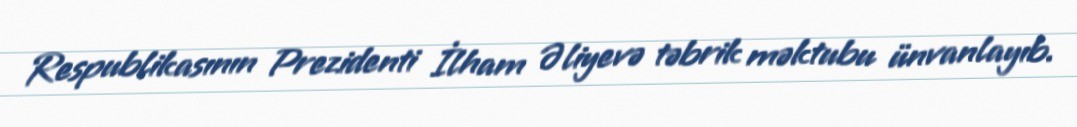
Respublikasının Prezidenti İlham Əliyevə təbrik məktubu ünvanlayıb.